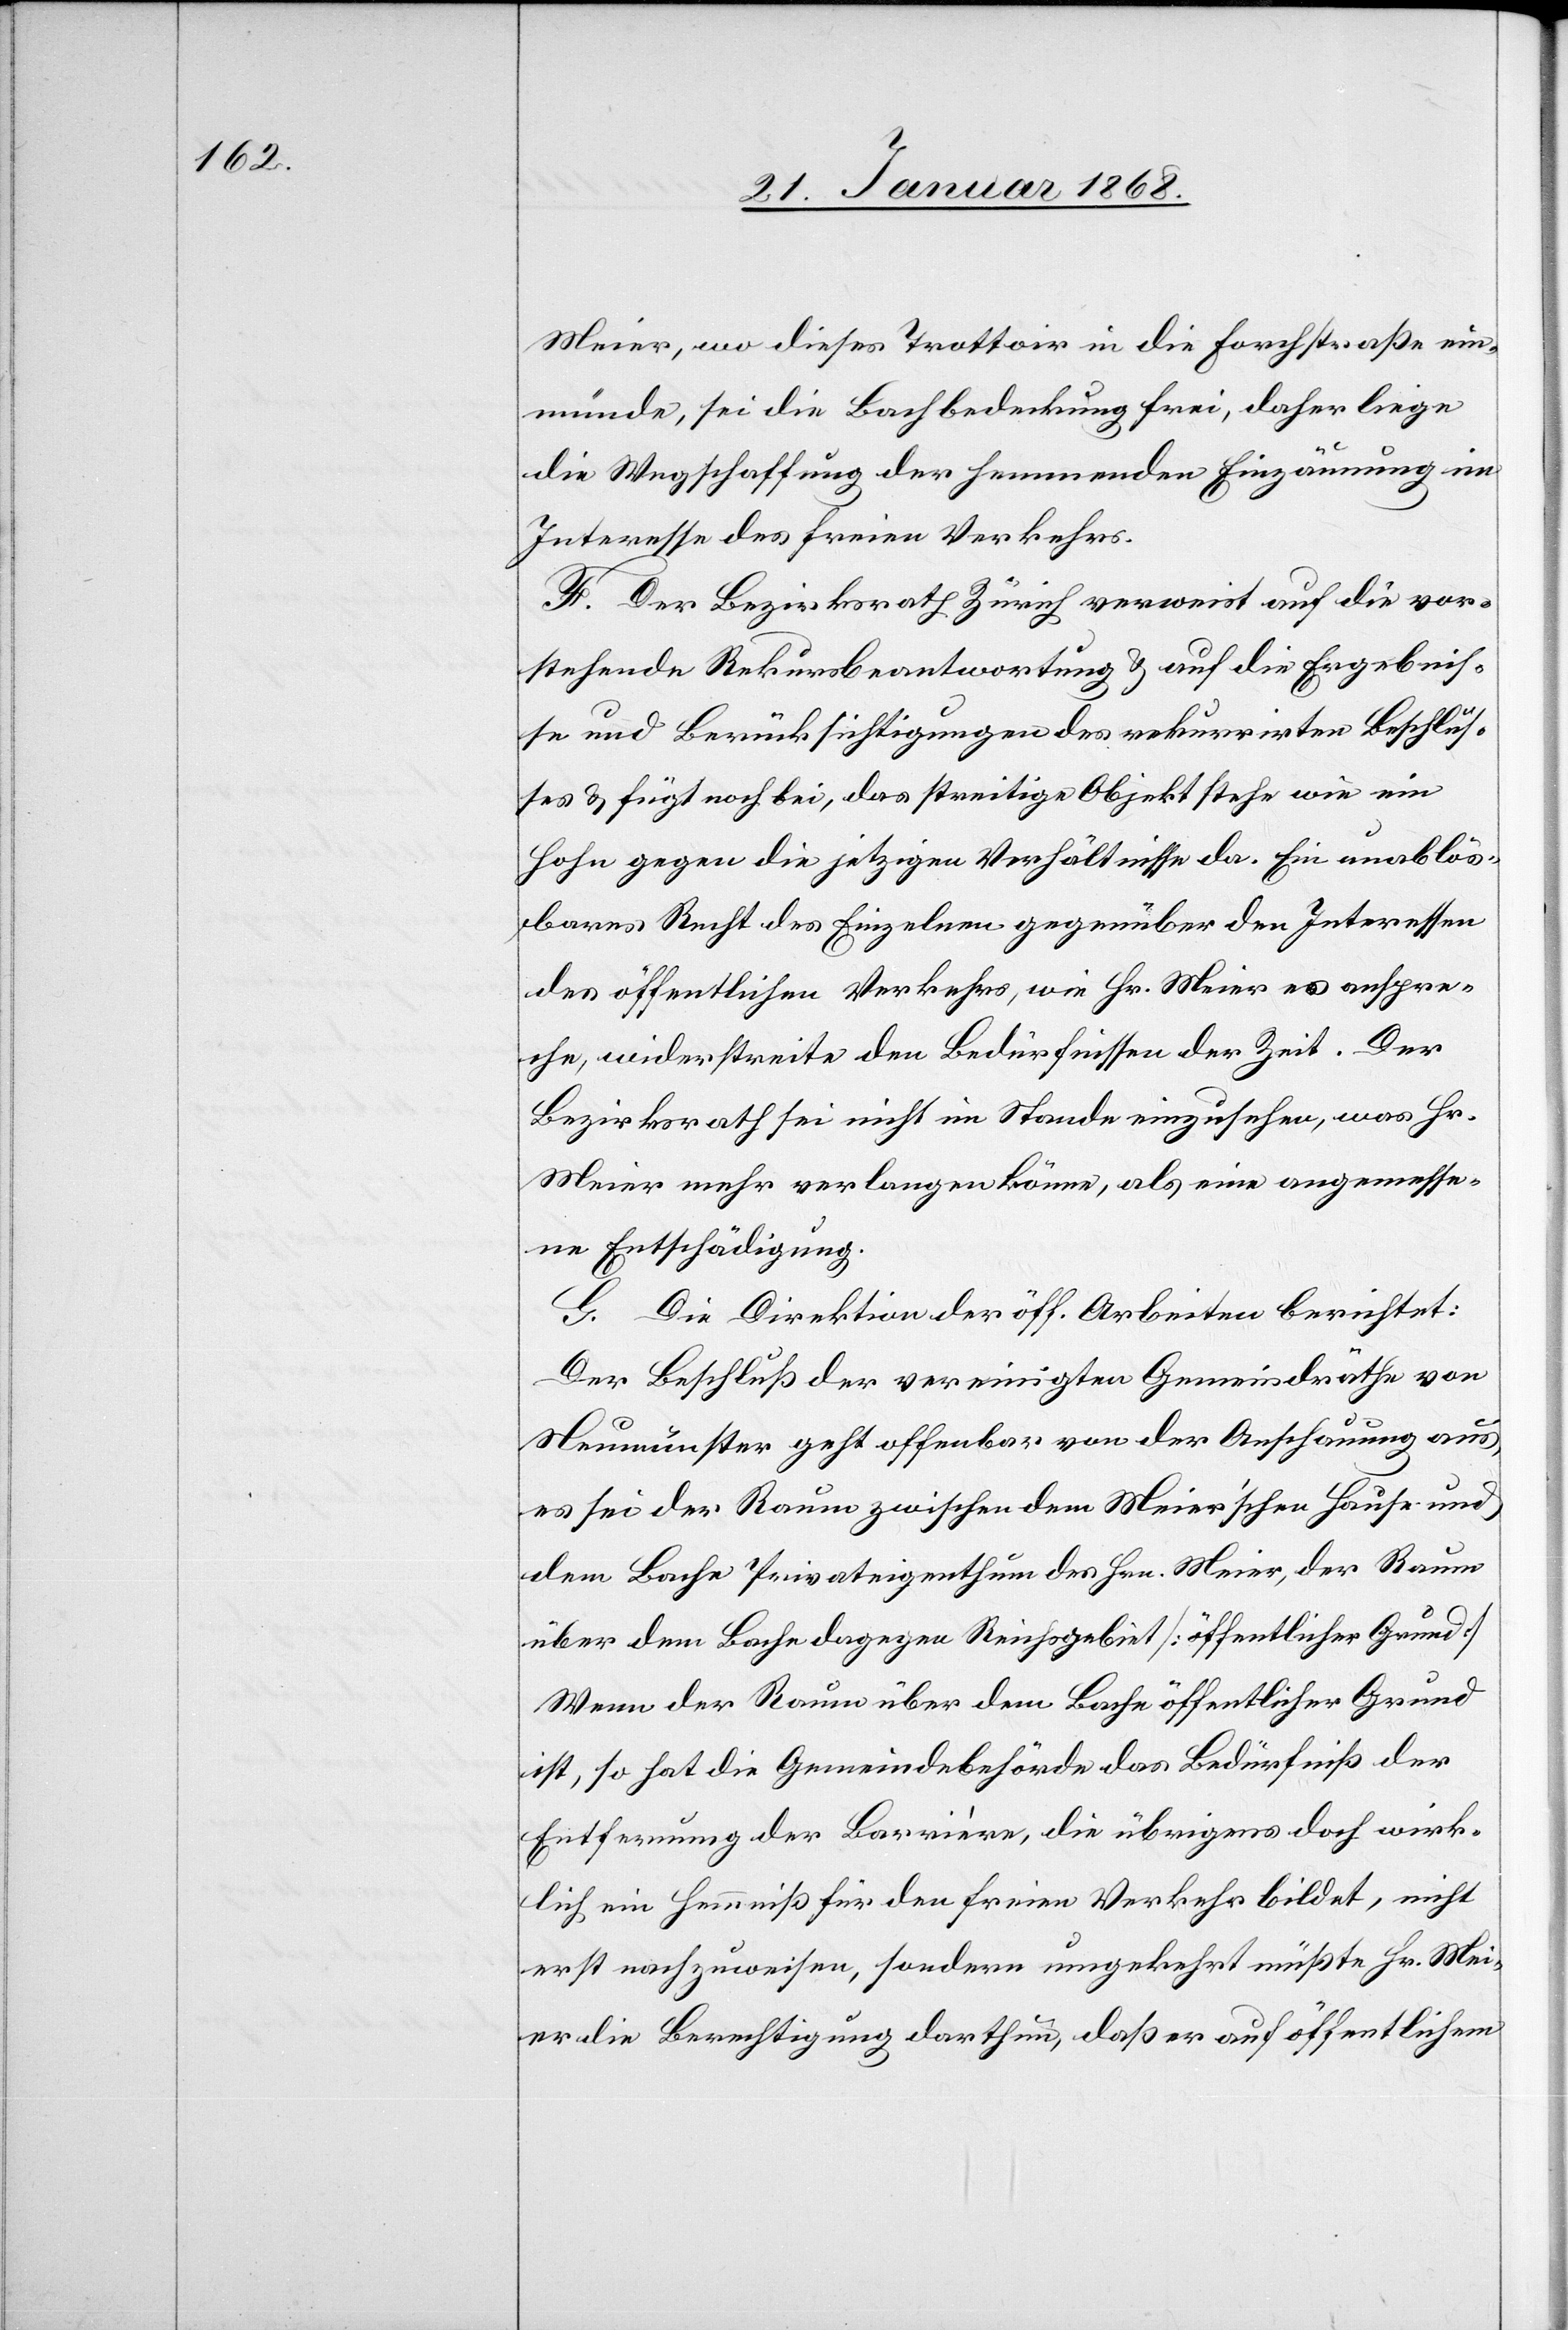
Meier, wo dieses Trottoir in die Forchstraße ein¬
münde, sei die Bachbedeckung frei, daher liege
die Wegschaffung der hemmenden Einzäunung im
Interesse des freien Verkehrs.
F. Der Bezirksrath Zürich verweist auf die vor¬
stehende Rekursbeantwortung & auf die Ergebnis¬
se und Berücksichtigungen des rekurrirten Beschlus¬
ses & fügt noch bei, das streitige Objekt stehe wie ein
Hohn gegen die jetzigen Verhältnisse da. Ein unablös¬
bares Recht des Einzelnen gegenüber den Interessen
des öffentlichen Verkehrs, wie Hr. Meier es anspre¬
che, widerstreite den Bedürfnissen der Zeit. Der
Bezirksrath sei nicht im Stande einzusehen, was Hr.
Meier mehr verlangen könne, als eine angemesse¬
ne Entschädigung.
G. Die Direktion der öff. Arbeiten berichtet:
Der Beschluß der vereinigten Gemeindräthe von
Neumünster geht offenbar von der Anschauung aus,
es sei der Raum zwischen dem Meier’schen Hause und
dem Bache Privateigenthum des Hrn. Meier, der Raum
über dem Bache dagegen Reichsgebiet [öffentlicher Grund]
Wenn der Raum über dem Bache öffentlicher Grund
ist, so hat die Gemeindebehörde das Bedürfniß der
Entfernung der Barrière, die übrigens doch wirk¬
lich ein Hemmniß für den freien Verkehr bildet, nicht
erst nachzuweisen, sondern umgekehrt müßte Hr. Mei¬
er die Berechtigung darthun, daß er auf öffentlichem